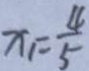
x _ { 1 } = \frac { 4 } { 5 }